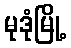
မုဒုံမြို့